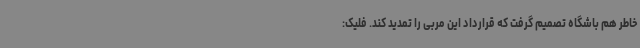
خاطر هم باشگاه تصمیم گرفت که قرارداد این مربی را تمدید کند. فلیک: